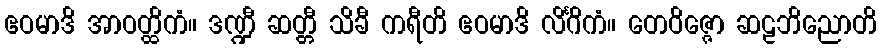
ဧဝမာဒိ အာဝတ္ထိကံ။ ဒဏ္ဍီ ဆတ္တီ သိခီ ကရီတိ ဧဝမာဒိ လိင်္ဂိကံ။ တေဝိဇ္ဇော ဆဠဘိညောတိ